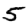
Digit: 5